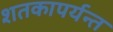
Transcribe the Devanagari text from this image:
शतकापर्यन्त